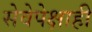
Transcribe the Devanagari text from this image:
सेवेपेक्षाही